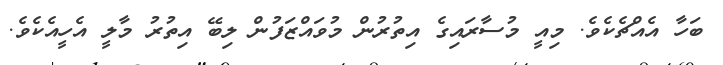
ބަހާ އެއްޗެކެވެ. މިއީ މުސާރައިގެ އިތުރުން މުވައްޒަފުން ލިބޭ އިތުރު މާލީ އެހީއެކެވެ.